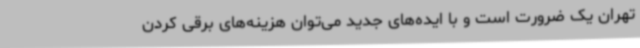
تهران یک ضرورت است و با ایده‌های جدید می‌توان هزینه‌های برقی کردن